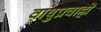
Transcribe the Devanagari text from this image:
वायुप्रवाहों